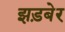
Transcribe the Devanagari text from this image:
झड़बेर